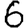
Digit: 6